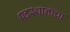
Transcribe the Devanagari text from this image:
पदस्थानाचा